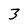
Character: 3